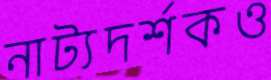
নাট্যদর্শকও